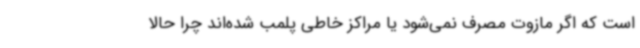
است که اگر مازوت مصرف نمی‌شود یا مراکز خاطی پلمب شده‌اند چرا حالا